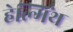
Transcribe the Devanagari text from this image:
हेल्मिंथ